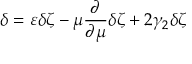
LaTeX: \delta = \varepsilon \delta \zeta - \mu \frac { \partial } { \partial \mu } \delta \zeta + 2 \gamma _ { 2 } \delta \zeta